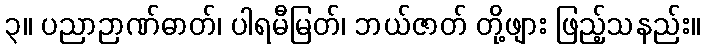
၃။ ပညာဉာဏ်ဓာတ်၊ ပါရမီမြတ်၊ ဘယ်ဇာတ် တို့ဖျား ဖြည့်သနည်း။